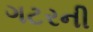
ગટરની